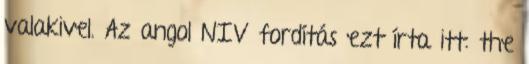
valakivel. Az angol NIV fordítás ezt írta itt: the